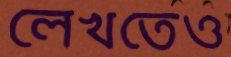
লেখতেও